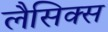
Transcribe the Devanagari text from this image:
लैसिक्स